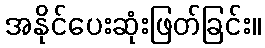
အနိုင်ပေးဆုံးဖြတ်ခြင်း။